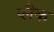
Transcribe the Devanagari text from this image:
प्लैक